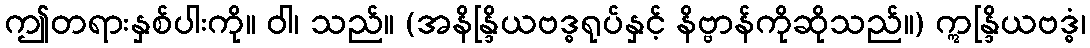
ဤတရားနှစ်ပါးကို။ ဝါ၊ သည်။ (အနိန္ဒြိယဗဒ္ဓရုပ်နှင့် နိဗ္ဗာန်ကိုဆိုသည်။) ဣန္ဒြိယဗဒ္ဓံ၊